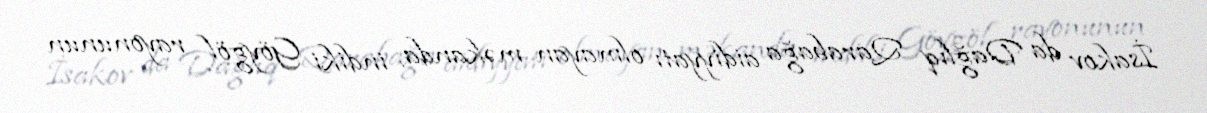
İsakov da Dağlıq Qarabağa aidiyyatı olmayan məkanda, indiki Göygöl rayonunun